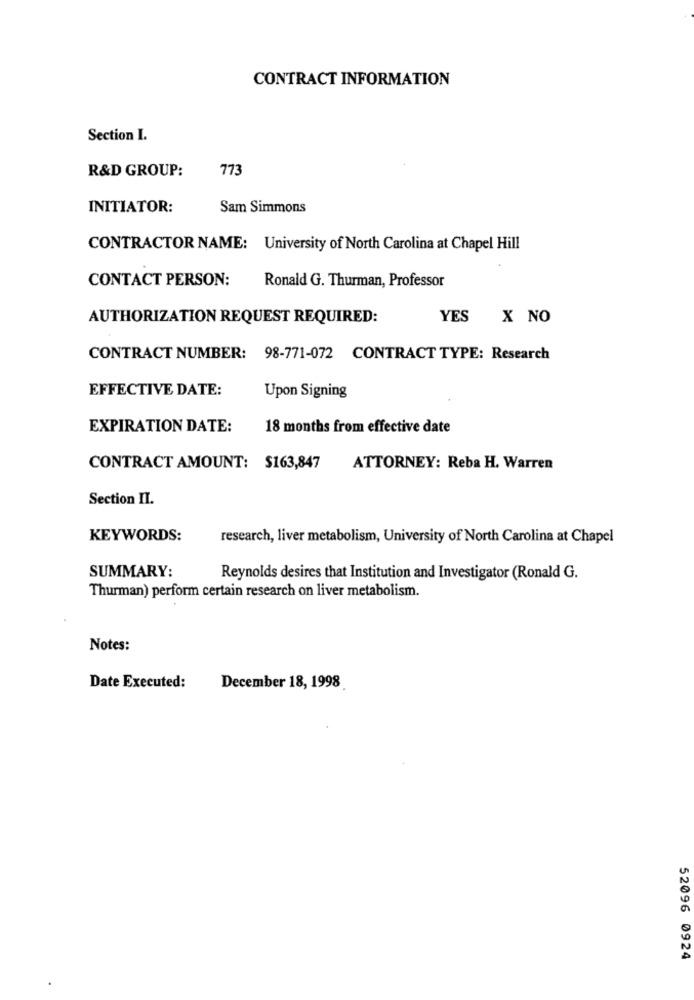
CONTRACT INFORMATION
Section I.
R&D GROUP:
773
INITIATOR:
Sam Simmons
CONTRACTOR NAME: University of North Carolina at Chapel Hill
CONTACT PERSON:
Ronald G. Thurman, Professor
AUTHORIZATION REQUEST REQUIRED:
YES
X NO
CONTRACT NUMBER: 98-771-072 CONTRACT TYPE: Research
EFFECTIVE DATE:
Upon Signing
EXPIRATION DATE:
18 months from effective date
CONTRACT AMOUNT: $163,847
ATTORNEY: Reba H. Warren
Section II.
KEYWORDS:
research, liver metabolism, University of North Carolina at Chapel
SUMMARY:
Reynolds desires that Institution and Investigator (Ronald G.
Thurman) perform certain research on liver metabolism.
Notes:
Date Executed:
December 18, 1998
52096 0924